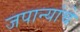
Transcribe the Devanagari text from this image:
जपान्यांचे